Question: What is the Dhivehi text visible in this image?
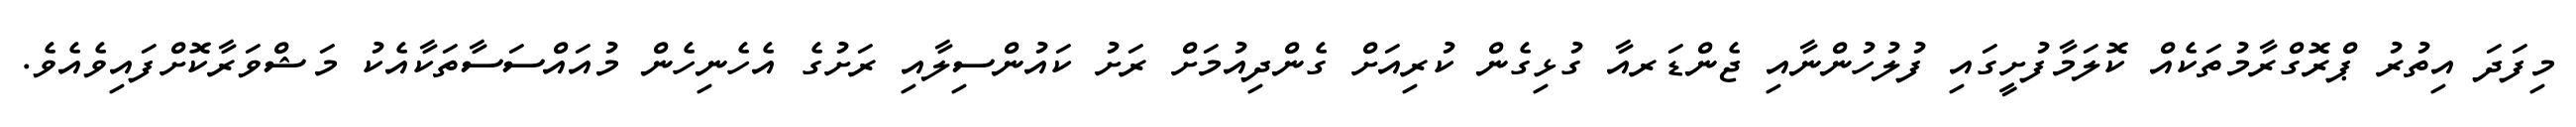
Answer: މިފަދަ އިތުރު ޕްރޮގްރާމުތަކެއް ކޮލަމާފުށީގައި ފުލުހުންނާއި ޖެންޑަރއާ ގުޅިގެން ކުރިއަށް ގެންދިއުމަށް ރަށު ކައުންސިލާއި ރަށުގެ އެހެނިހެން މުއައްސަސާތަކާއެކު މަޝްވަރާކޮށްފައިވެއެވެ.